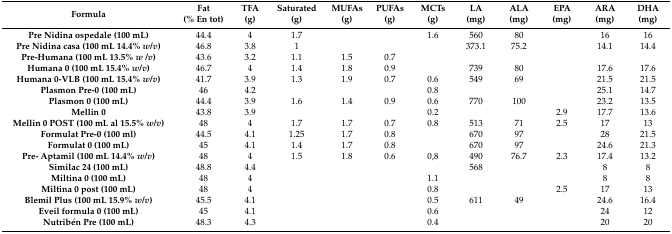
<table><thead><tr><td><b>Formula</b></td><td><b>Fat(% En tot)</b></td><td><b>TFA (g)</b></td><td><b>Saturated (g)</b></td><td><b>MUFAs (g)</b></td><td><b>PUFAs (g)</b></td><td><b>MCTs (g)</b></td><td><b>LA (mg)</b></td><td><b>ALA (mg)</b></td><td><b>EPA (mg)</b></td><td><b>ARA (mg)</b></td><td><b>DHA (mg)</b></td></tr></thead><tbody><tr><td><b>Pre Nidina ospedale (100 mL)</b></td><td>44.4</td><td>4</td><td>1.7</td><td></td><td></td><td>1.6</td><td>560</td><td>80</td><td></td><td>16</td><td>16</td></tr><tr><td><b>Pre Nidina casa (100 mL 14.4% <i>w</i>/<i>v</i>)</b></td><td>46.8</td><td>3.8</td><td>1</td><td></td><td></td><td></td><td>373.1</td><td>75.2</td><td></td><td>14.1</td><td>14.4</td></tr><tr><td><b>Pre-Humana (100 mL 13.5% <i>w</i>/<i>v</i>)</b></td><td>43.6</td><td>3.2</td><td>1.1</td><td>1.5</td><td>0.7</td><td></td><td></td><td></td><td></td><td></td><td></td></tr><tr><td><b>Humana 0 (100 mL 15.4% <i>w</i>/<i>v</i>)</b></td><td>46.7</td><td>4</td><td>1.4</td><td>1.8</td><td>0.9</td><td></td><td>739</td><td>80</td><td></td><td>17.6</td><td>17.6</td></tr><tr><td><b>Humana 0-VLB (100 mL 15.4% <i>w</i>/<i>v</i>)</b></td><td>41.7</td><td>3.9</td><td>1.3</td><td>1.9</td><td>0.7</td><td>0.6</td><td>549</td><td>69</td><td></td><td>21.5</td><td>21.5</td></tr><tr><td><b>Plasmon Pre-0 (100 mL)</b></td><td>46</td><td>4.2</td><td></td><td></td><td></td><td>0.8</td><td></td><td></td><td></td><td>25.1</td><td>14.7</td></tr><tr><td><b>Plasmon 0 (100 mL)</b></td><td>44.4</td><td>3.9</td><td>1.6</td><td>1.4</td><td>0.9</td><td>0.6</td><td>770</td><td>100</td><td></td><td>23.2</td><td>13.5</td></tr><tr><td><b>Mellin 0</b></td><td>43.8</td><td>3.9</td><td></td><td></td><td></td><td>0.2</td><td></td><td></td><td>2.9</td><td>17.7</td><td>13.6</td></tr><tr><td><b>Mellin 0 POST (100 mL al 15.5% <i>w</i>/<i>v</i>)</b></td><td>48</td><td>4</td><td>1.7</td><td>1.7</td><td>0.7</td><td>0.8</td><td>513</td><td>71</td><td>2.5</td><td>17</td><td>13</td></tr><tr><td><b>Formulat Pre-0 (100 ml)</b></td><td>44.5</td><td>4.1</td><td>1.25</td><td>1.7</td><td>0.8</td><td></td><td>670</td><td>97</td><td></td><td>28</td><td>21.5</td></tr><tr><td><b>Formulat 0 (100 mL)</b></td><td>45</td><td>4.1</td><td>1.4</td><td>1.7</td><td>0.8</td><td></td><td>670</td><td>97</td><td></td><td>24.6</td><td>21.3</td></tr><tr><td><b>Pre- Aptamil (100 mL 14.4% <i>w</i>/<i>v</i>)</b></td><td>48</td><td>4</td><td>1.5</td><td>1.8</td><td>0.6</td><td>0,8</td><td>490</td><td>76.7</td><td>2.3</td><td>17.4</td><td>13.2</td></tr><tr><td><b>Similac 24 (100 mL)</b></td><td>48.8</td><td>4.4</td><td></td><td></td><td></td><td></td><td>568</td><td></td><td></td><td>8</td><td>8</td></tr><tr><td><b>Miltina 0 (100 mL)</b></td><td>48</td><td>4</td><td></td><td></td><td></td><td>1.1</td><td></td><td></td><td></td><td>8</td><td>8</td></tr><tr><td><b>Miltina 0 post (100 mL)</b></td><td>48</td><td>4</td><td></td><td></td><td></td><td>0.8</td><td></td><td></td><td>2.5</td><td>17</td><td>13</td></tr><tr><td><b>Blemil Plus (100 mL 15.9% <i>w</i>/<i>v</i>)</b></td><td>45.5</td><td>4.1</td><td></td><td></td><td></td><td>0.5</td><td>611</td><td>49</td><td></td><td>24.6</td><td>16.4</td></tr><tr><td><b>Eveil formula 0 (100 mL)</b></td><td>45</td><td>4.1</td><td></td><td></td><td></td><td>0.6</td><td></td><td></td><td></td><td>24</td><td>12</td></tr><tr><td><b>Nutribén Pre (100 mL)</b></td><td>48.3</td><td>4.3</td><td></td><td></td><td></td><td>0.4</td><td></td><td></td><td></td><td>20</td><td>20</td></tr></tbody></table>